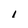
Character: I